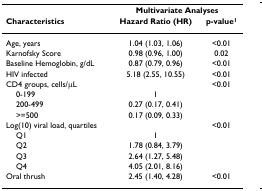
<table><thead><tr><td></td><td colspan="2"><b>Multivariate Analyses</b></td></tr><tr><td><b>Characteristics</b></td><td><b>Hazard Ratio (HR)</b></td><td><b>p-value<sup>1</sup></b></td></tr></thead><tbody><tr><td>Age, years</td><td>1.04 (1.03, 1.06)</td><td>&lt;0.01</td></tr><tr><td>Karnofsky Score</td><td>0.98 (0.96, 1.00)</td><td>0.02</td></tr><tr><td>Baseline Hemoglobin, g/dL</td><td>0.87 (0.79, 0.96)</td><td>&lt;0.01</td></tr><tr><td>HIV infected</td><td>5.18 (2.55, 10.55)</td><td>&lt;0.01</td></tr><tr><td>CD4 groups, cells/μL</td><td></td><td>&lt;0.01</td></tr><tr><td> 0-199</td><td>1</td><td></td></tr><tr><td> 200-499</td><td>0.27 (0.17, 0.41)</td><td></td></tr><tr><td> &gt;=500</td><td>0.17 (0.09, 0.33)</td><td></td></tr><tr><td>Log(10) viral load, quartiles</td><td></td><td>&lt;0.01</td></tr><tr><td> Q1</td><td>1</td><td></td></tr><tr><td> Q2</td><td>1.78 (0.84, 3.79)</td><td></td></tr><tr><td> Q3</td><td>2.64 (1.27, 5.48)</td><td></td></tr><tr><td> Q4</td><td>4.05 (2.01, 8.16)</td><td></td></tr><tr><td>Oral thrush</td><td>2.45 (1.40, 4.28)</td><td>&lt;0.01</td></tr></tbody></table>